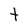
Character: t